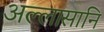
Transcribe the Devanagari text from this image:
अल्लासानि